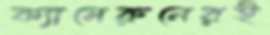
ক্যামেরুনেরই